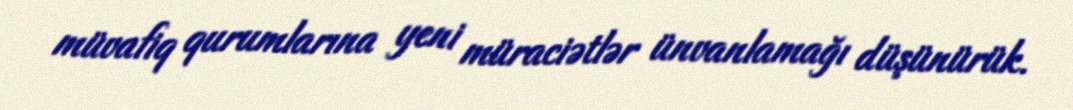
müvafiq qurumlarına yeni müraciətlər ünvanlamağı düşünürük.